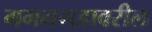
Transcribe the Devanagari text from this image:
गगनगडावरील